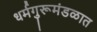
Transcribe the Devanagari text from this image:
धर्मगुरूमंडळात